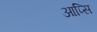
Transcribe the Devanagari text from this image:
आप्सि